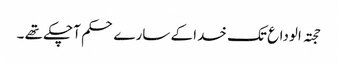
حجتہ الوداع تک خدا کے سارے حکم آچکے تھے ۔